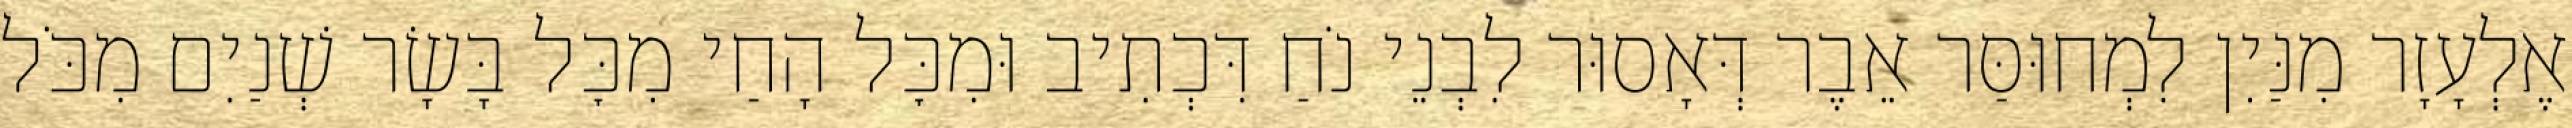
אֶלְעָזָר מִנַּיִן לִמְחוּסַּר אֵבֶר דְּאָסוּר לִבְנֵי נֹחַ דִּכְתִיב וּמִכׇּל הָחַי מִכׇּל בָּשָׂר שְׁנַיִם מִכֹּל